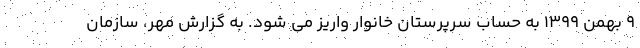
۹ بهمن ۱۳۹۹ به حساب سرپرستان خانوار واریز می شود. به گزارش مهر، سازمان